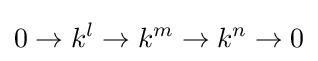
0\to k^{l}\to k^{m}\to k^{n}\to 0